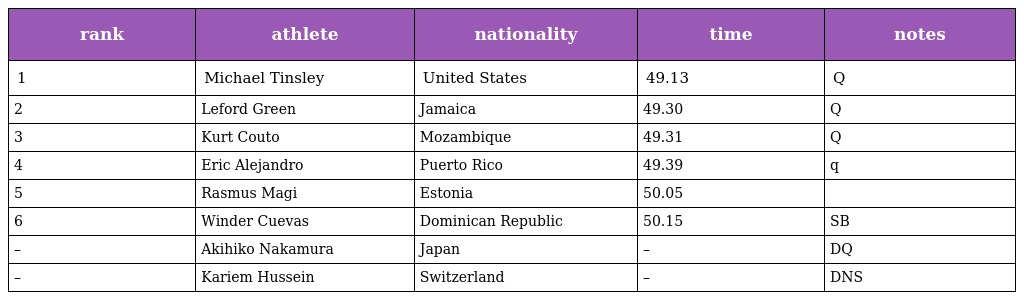
| rank | athlete | nationality | time | notes |
 | --- | --- | --- | --- | --- |
 | 1 | Michael Tinsley | United States | 49.13 | Q |
 | 2 | Leford Green | Jamaica | 49.30 | Q |
 | 3 | Kurt Couto | Mozambique | 49.31 | Q |
 | 4 | Eric Alejandro | Puerto Rico | 49.39 | q |
 | 5 | Rasmus Magi | Estonia | 50.05 |  |
 | 6 | Winder Cuevas | Dominican Republic | 50.15 | SB |
 | – | Akihiko Nakamura | Japan | – | DQ |
 | – | Kariem Hussein | Switzerland | – | DNS |